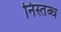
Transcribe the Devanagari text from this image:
निस्तब्ध